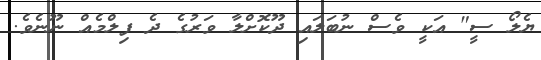
ޔެލޯ ސީ" އަކީ ވެސް ނުބަލައި ދޫކޮށްލާ ވަރުގެ ދެ ފިލްމެއް ނޫނެވެ.